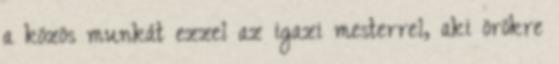
a közös munkát ezzel az igazi mesterrel, aki örökre